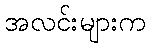
အလင်းများက